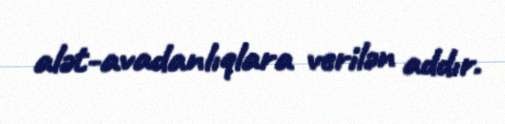
alət-avadanlıqlara verilən addır.